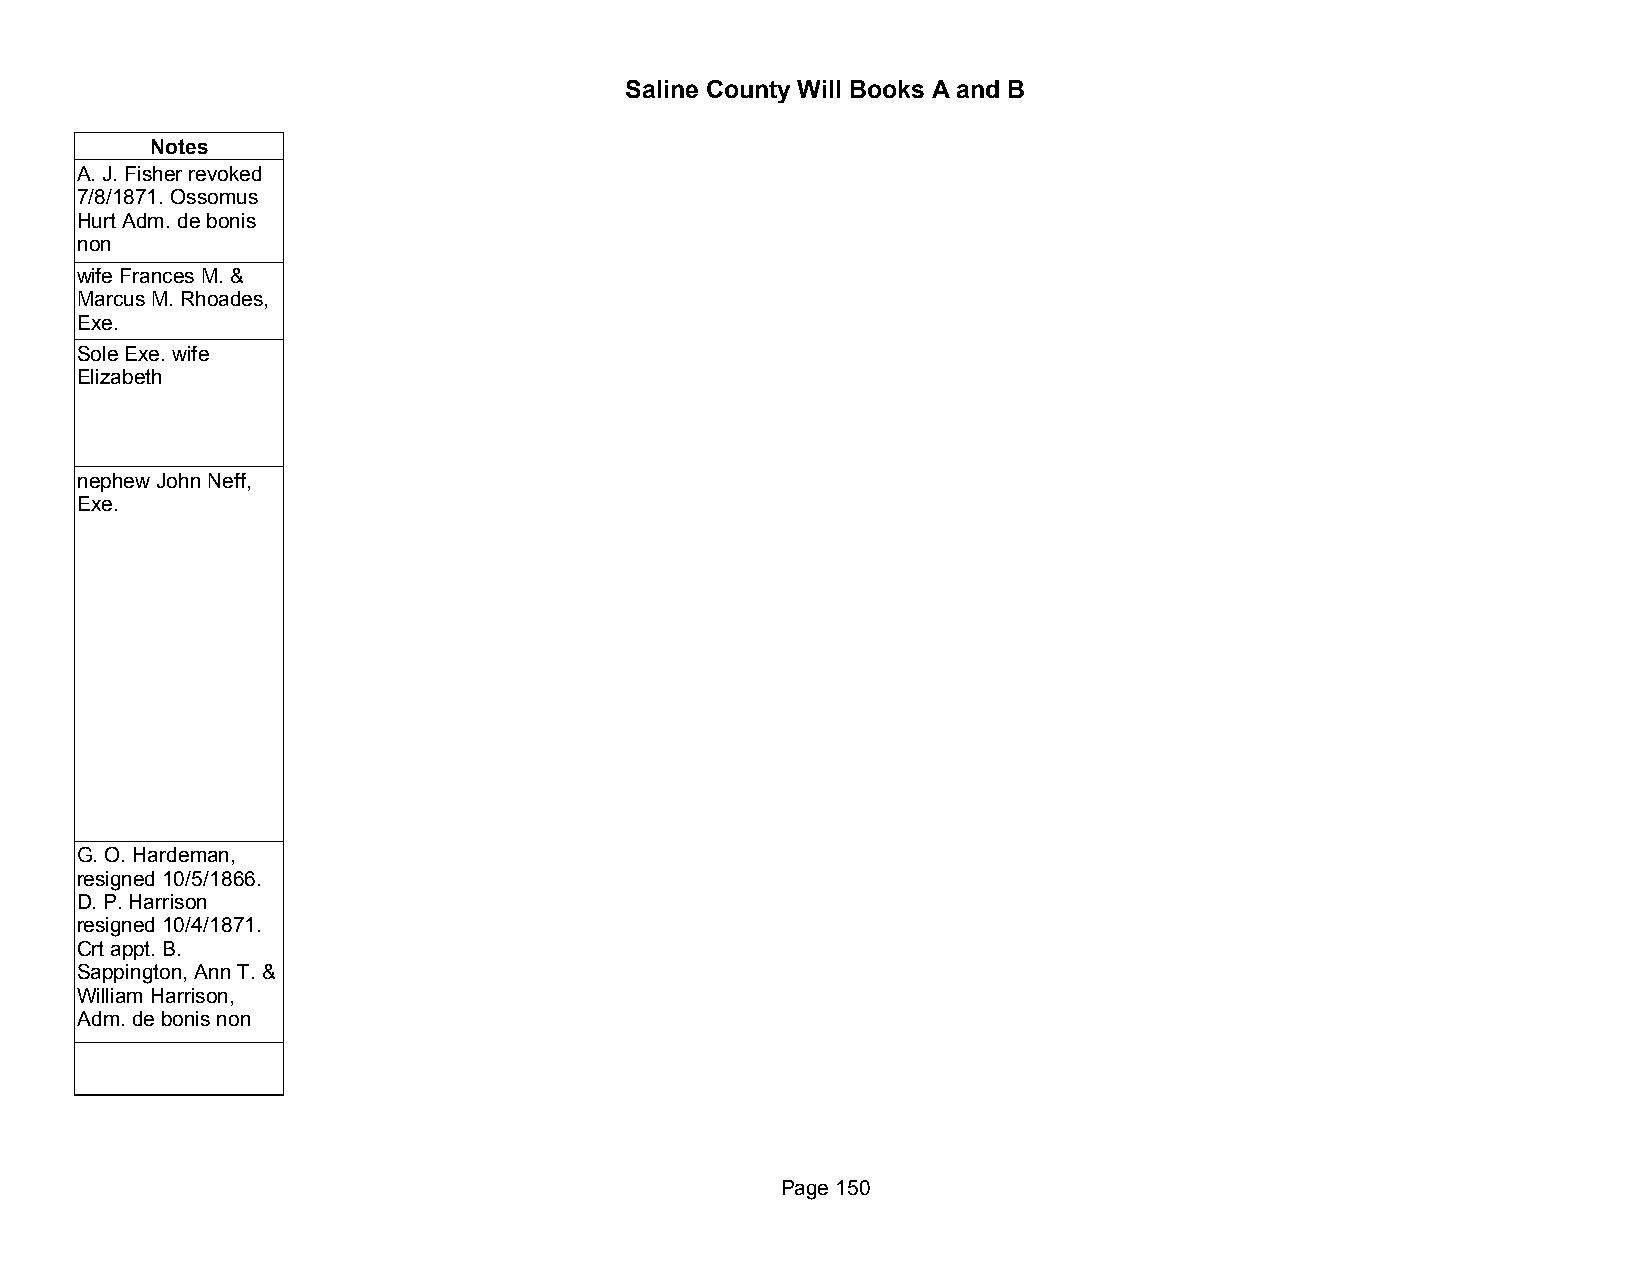
Saline County Will Books A and B
 Notes
 A. J. Fisher revoked
 7/8/1871. Ossomus
 Hurt Adm. de bonis
 non
 wife Frances M. &
 Marcus M. Rhoades,
 Exe.
 Sole Exe. wife
 Elizabeth
 nephew John Neff,
 Exe.
 G. O. Hardeman,
 resigned 10/5/1866.
 D. P. Harrison
 resigned 10/4/1871.
 Crt appt. B.
 Sappington, Ann T. &
 William Harrison,
 Adm. de bonis non
 Page 150